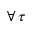
\forall \, \tau